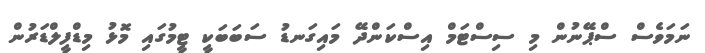
ނަމަވެސް ސްޕޭނުން މި ސިސްޓަމް އިސްކަންދޭ މައިގަނޑު ސަބަބަކީ ޓީމުގައި މޮޅު މިޑްފީލްޑަރުން